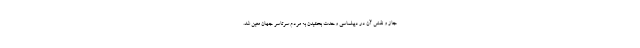
جاز و نقش آن در دیپلماسی وحدت بخشیدن به مردم سرتاسر جهان معین شد.